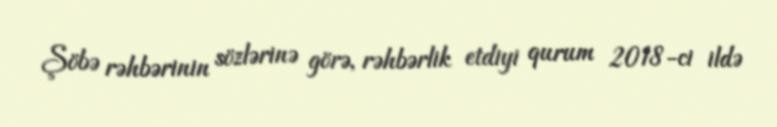
Şöbə rəhbərinin sözlərinə görə, rəhbərlik etdiyi qurum 2018-ci ildə